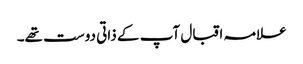
علامہ اقبال آپ کے ذاتی دوست تھے۔